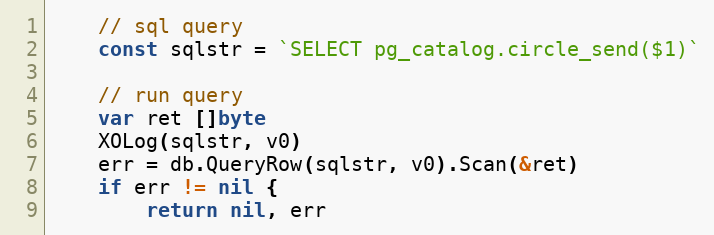
Language: Go
	// sql query
	const sqlstr = `SELECT pg_catalog.circle_send($1)`

	// run query
	var ret []byte
	XOLog(sqlstr, v0)
	err = db.QueryRow(sqlstr, v0).Scan(&ret)
	if err != nil {
		return nil, err